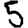
Digit: 5